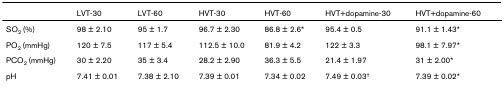
<table><thead><tr><td></td><td><b>LVT-30</b></td><td><b>LVT-60</b></td><td><b>HVT-30</b></td><td><b>HVT-60</b></td><td><b>HVT+dopamine-30</b></td><td><b>HVT+dopamine-60</b></td></tr></thead><tbody><tr><td>SO<sub>2 </sub>(%)</td><td>98 ± 2.10</td><td>95 ± 1.7</td><td>96.7 ± 2.30</td><td>86.8 ± 2.6*</td><td>95.4 ± 0.5</td><td>91.1 ± 1.43*</td></tr><tr><td>PO<sub>2 </sub>(mmHg)</td><td>120 ± 7.5</td><td>117 ± 5.4</td><td>112.5 ± 10.0</td><td>81.9 ± 4.2</td><td>122 ± 3.3</td><td>98.1 ± 7.97*</td></tr><tr><td>PCO<sub>2 </sub>(mmHg)</td><td>30 ± 2.20</td><td>35 ± 3.4</td><td>28.2 ± 2.90</td><td>36.3 ± 5.5</td><td>21.4 ± 1.97</td><td>31 ± 2.00*</td></tr><tr><td>pH</td><td>7.41 ± 0.01</td><td>7.38 ± 2.10</td><td>7.39 ± 0.01</td><td>7.34 ± 0.02</td><td>7.49 ± 0.03<sup>†</sup></td><td>7.39 ± 0.02*</td></tr></tbody></table>